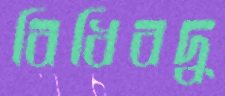
বিধিবদ্ধ